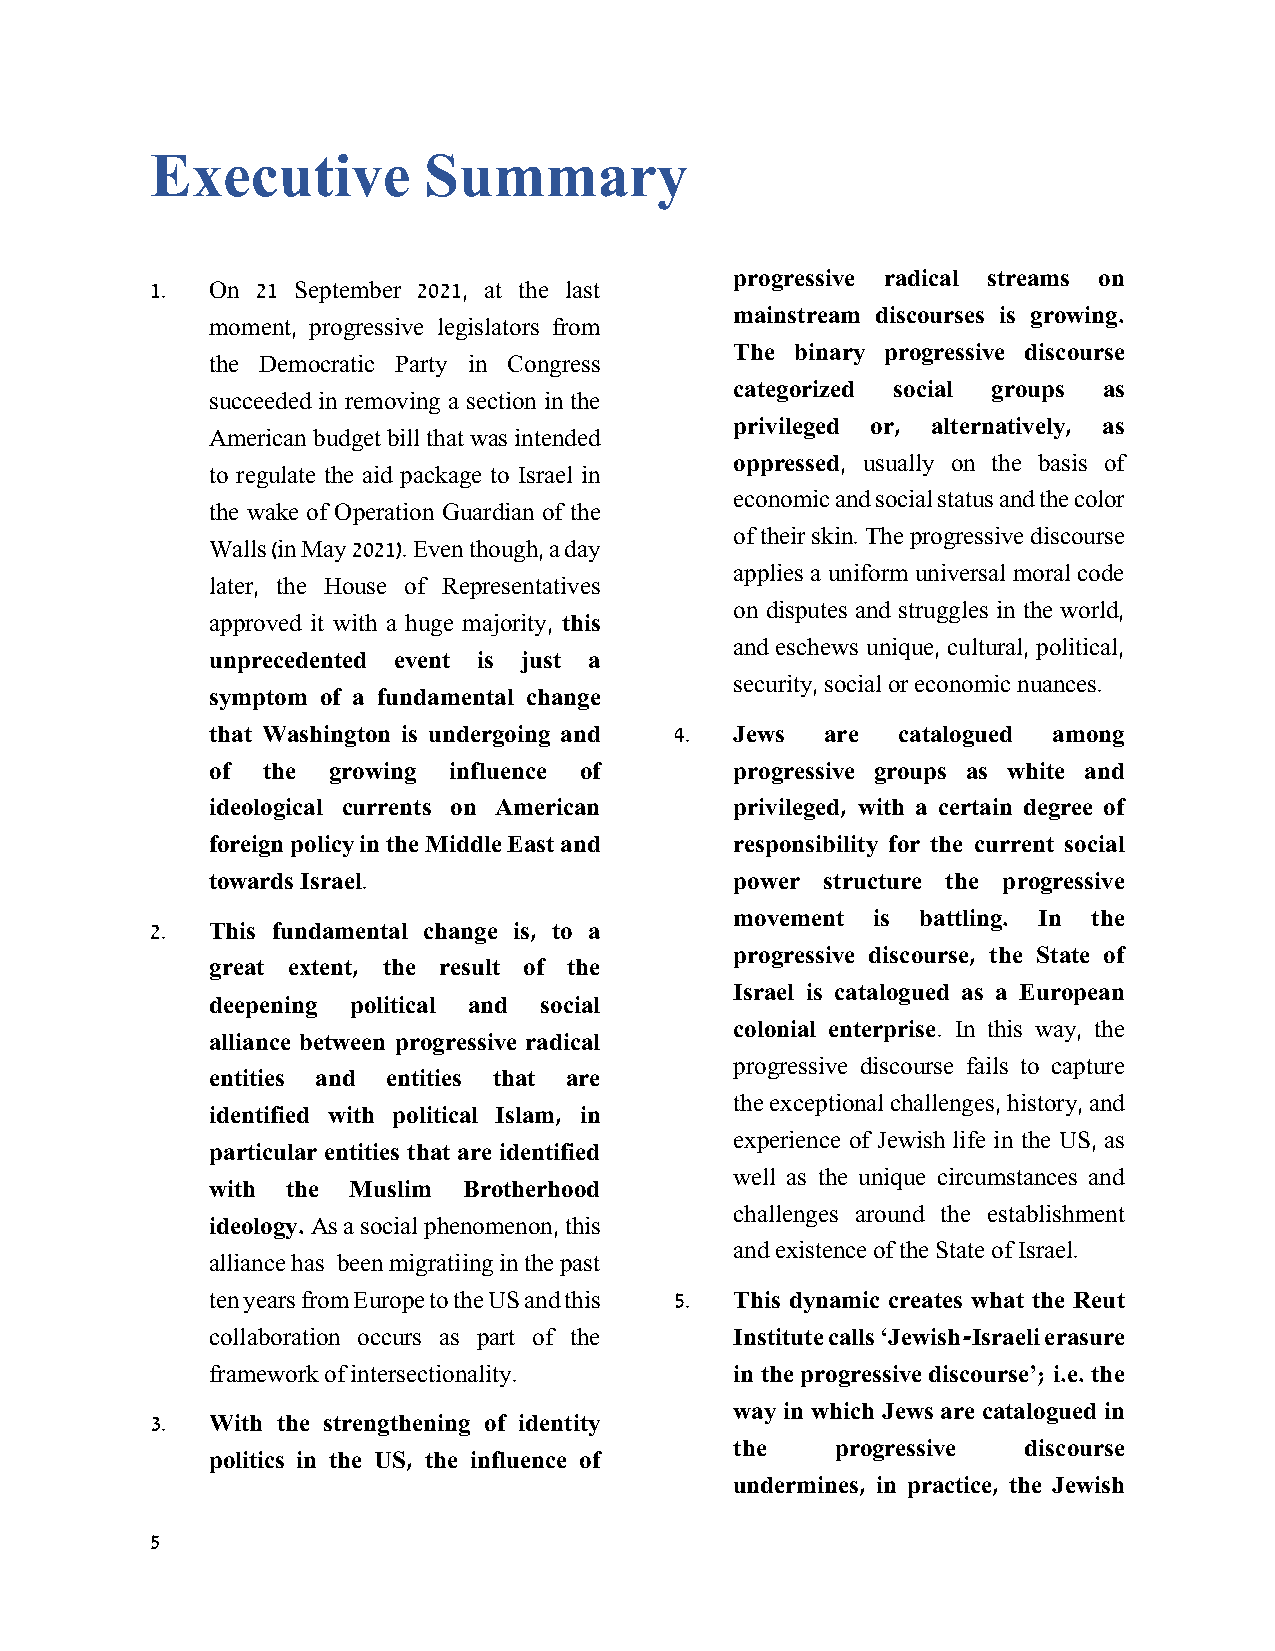
Executive         Summary
 progressive radical streams on
 1.  On 21 September 2021, at the last
 mainstream discourses is growing.
 moment, progressive legislators from
 The binary progressive discourse
 the Democratic Party in Congress
 categorized social groups as
 succeeded in removing a section in the
 privileged or, alternatively, as
 American budget bill that was intended
 oppressed, usually on the basis of
 to regulate the aid package to Israel in
 economic and social status and the color
 the wake of Operation Guardian of the
 of their skin. The progressive discourse
 Walls (in May 2021). Even though, a day
 applies a uniform universal moral code
 later, the House of Representatives
 on disputes and struggles in the world,
 approved it with a huge majority, this
 and eschews unique, cultural, political,
 unprecedented event is just a
 security, social or economic nuances.
 symptom of a fundamental change
 that Washington is undergoing and 4. Jews are catalogued among
 of the  growing influence of       progressive groups as white and
 ideological currents on American   privileged, with a certain degree of
 foreign policy in the Middle East and responsibility for the current social
 towards Israel.                    power structure the progressive
 movement is battling. In the
 2.  This fundamental change is, to a
 progressive discourse, the State of
 great extent, the result of the
 Israel is catalogued as a European
 deepening political and social
 colonial enterprise. In this way, the
 alliance between progressive radical
 progressive discourse fails to capture
 entities and entities that are
 the exceptional challenges, history, and
 identified with political Islam, in
 experience of Jewish life in the US, as
 particular entities that are identified
 well as the unique circumstances and
 with the Muslim  Brotherhood
 challenges around the establishment
 ideology. As a social phenomenon, this
 and existence of the State of Israel.
 alliance has been migratiing in the past
 ten years from Europe to the US and this 5. This dynamic creates what the Reut
 collaboration occurs as part of the Institute calls ‘Jewish-Israeli erasure
 framework of intersectionality.    in the progressive discourse’; i.e. the
 way in which Jews are catalogued in
 3.  With the strengthening of identity
 the   progressive  discourse
 politics in the US, the influence of
 undermines, in practice, the Jewish
 5